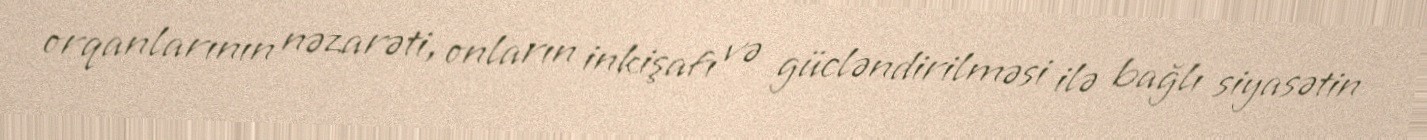
orqanlarının nəzarəti, onların inkişafı və gücləndirilməsi ilə bağlı siyasətin